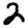
Digit: 2